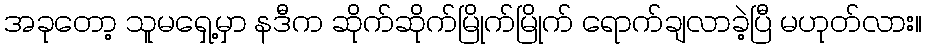
အခုတော့ သူမရှေ့မှာ နဒီက ဆိုက်ဆိုက်မြိုက်မြိုက် ရောက်ချလာခဲ့ပြီ မဟုတ်လား။